Civil Veterinary Department. Madras. Admin. report 1910-25 - 1910-1925
Year: 1910
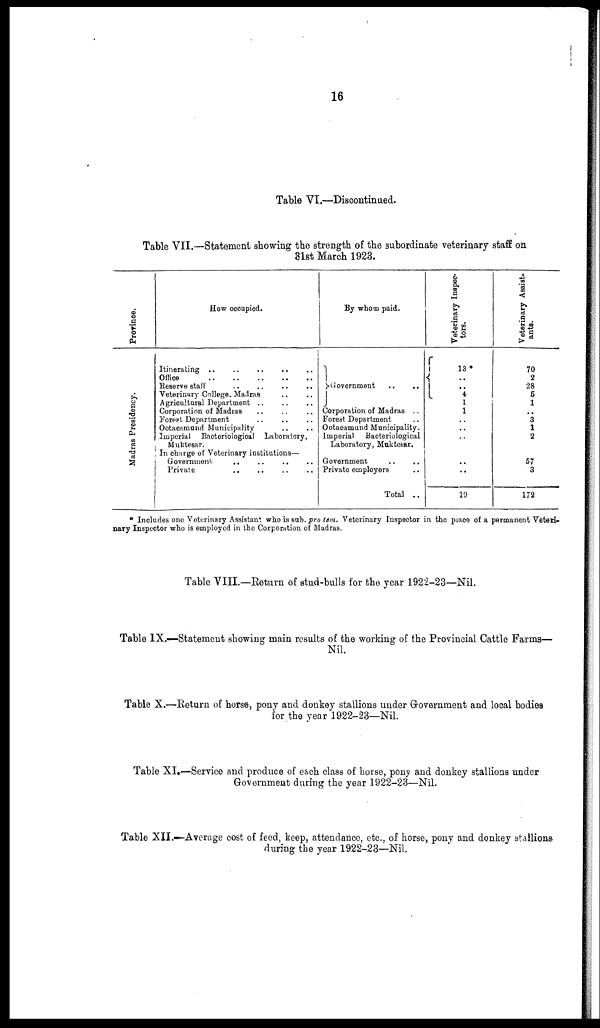
16
Table VI.—Discontinued.
Table VII.—Statement showing the strength of the subordinate veterinary staff on
31st March 1923.
Province.
Madras Presidency.
How occupied.
Itinerating .. .. .. .. ..
Office .. .. .. .. ..
Reserve staff .. .. .. .. ..
Veterinary College. Madras .. ..
Agricultural Department .. .. ..
Corporation of Madras .. .. ..
Forest Department .. .. ..
Ootacamund Municipality .. .. ..
Imperial Bacteriological Laboratory,
Muktesar.
In charge of Veterinary institutions—
Government .. .. .. ..
Private .. .. .. ..
By whom paid.
Government .. ..
Corporation of Madras
Forest Department
Ootacamund Municipality.
Imperial Bacteriological
Laboratory, Muktesar.
Government .. .. ..
Private employers ..
Total ..
Veterinary Inspec-
tors.
13 *
..
..
4
1
1
..
..
..
..
..
19
Veterinary Assist-
ants.
70
2
28
6
1
..
3
1
2
67
3
172
* Includes one Veterinary Assistant who is sub. pro tem. Veterinary Inspector in the place of a permanent Veteri-
nary Inspector who is employed in the Corporation of Madras.
Table VIII.—Return of stud-bulls for the year 1922-23—Nil.
Table IX.—Statement showing main results of the working of the Provincial Cattle Farms—
Nil.
Table X.—Return of horse, pony and donkey stallions under Government and local bodies
for the year 1922-23—Nil.
Table XI.—Service and produce of each class of horse, pony and donkey stallions under
Government during the year 1922-23—Nil.
Table XII.—Average cost of feed, keep, attendance, etc., of horse, pony and donkey stallions-
during the year 1922-23—Nil.